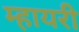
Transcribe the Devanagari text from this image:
म्हायरी